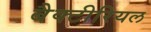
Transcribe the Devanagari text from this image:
बैक्‍टीरियल